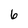
Character: 6